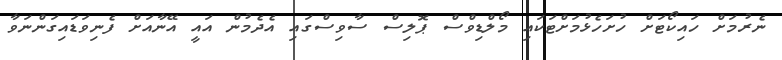
ނެރުމަށް ހައިކޯޓަށް ހުށަހެޅުމަށްޓަކައި މޯލްޑިވްސް ޕޮލިސް ސާވިސްގައި އެދެމުން އައީ އޭނާއަށް ފެނިވަޑައިގަންނަވާ